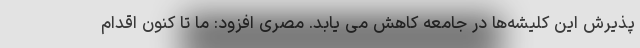
پذیرش این کلیشه‌ها در جامعه کاهش می یابد. مصری افزود: ما تا کنون اقدام